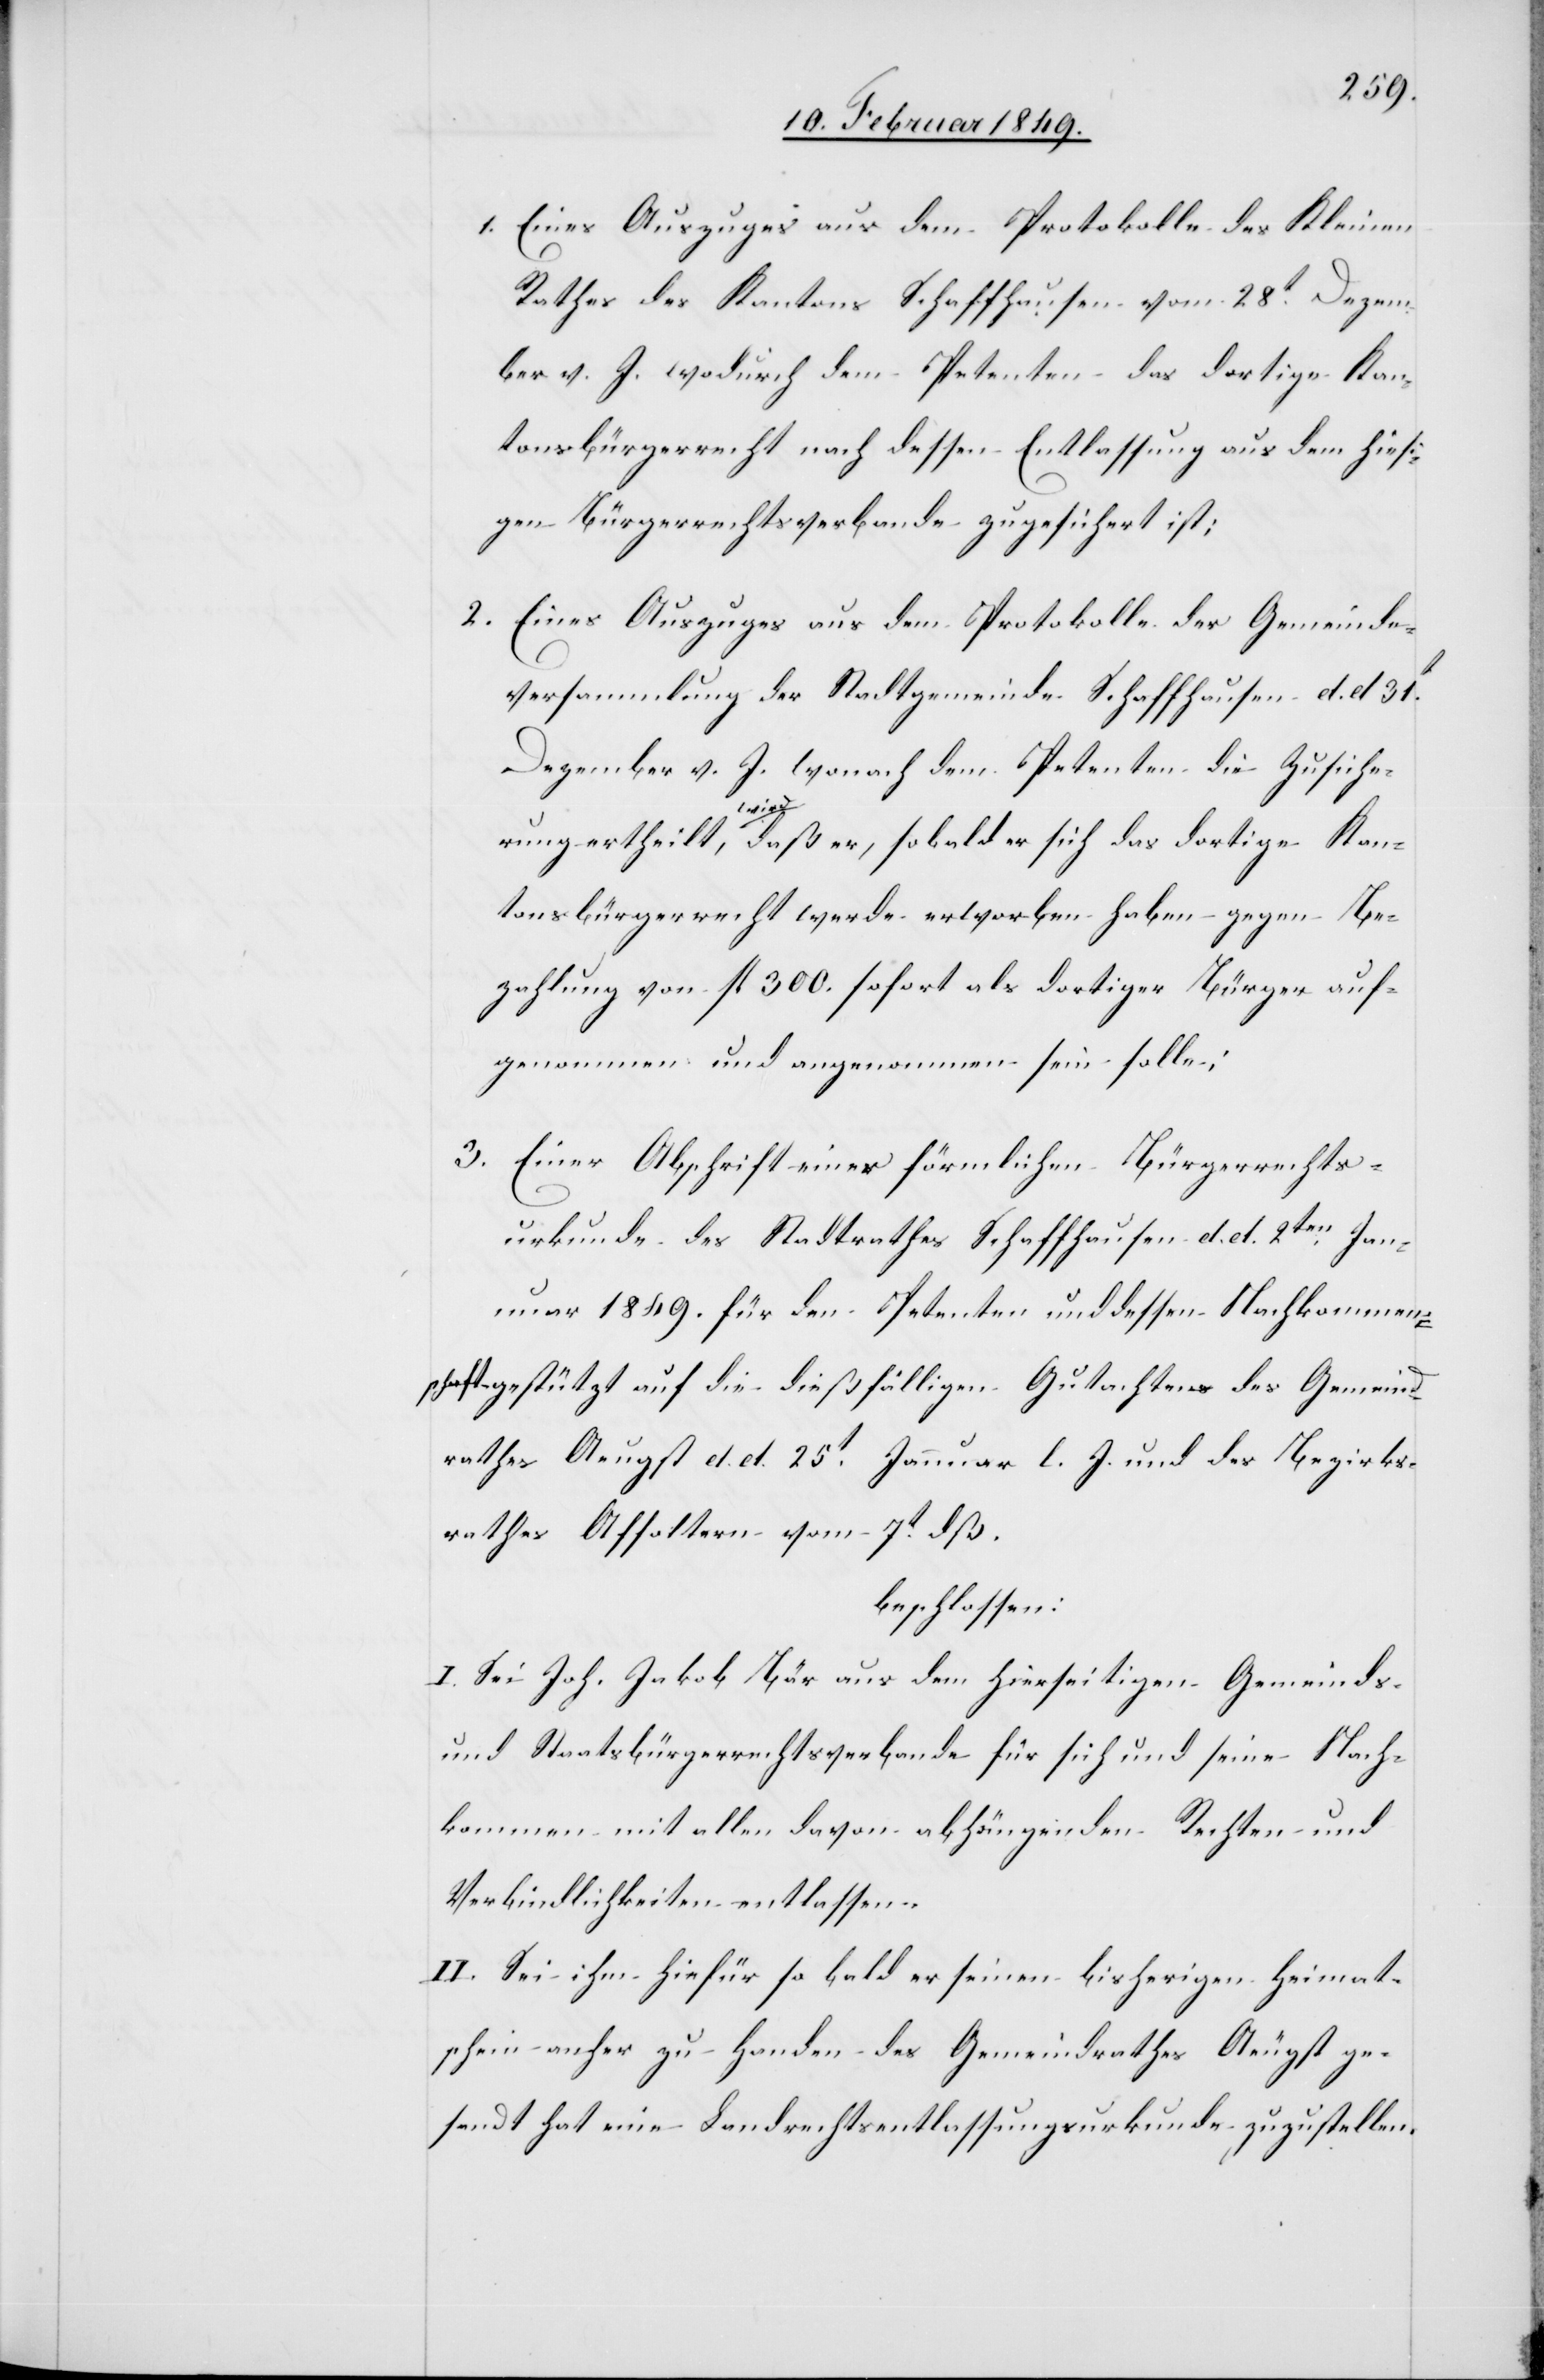
1. Eines Auszuges aus dem Protokolle des Kleinen
Rathes des Kantons Schaffhausen vom 28t. Dezem¬
ber v. J. wodurch dem Petenten das dortige Kan¬
tonsbürgerrecht nach dessen Entlassung aus dem hiesi¬
gen Bürgerrechtsverbande zugesichert ist;
2. Eines Auszuges aus dem Protokolle der Gemeinde¬
versammlung der Stadtgemeinde Schaffhausen d. d. 31t.
Dezember v. J. wonach dem Petenten die Zusiche¬
rung ertheilt wird, daß er, sobald er sich das dortige Kan¬
tonsbürgerrecht werde erworben haben gegen Be¬
zahlung von fl. 300. sofort als dortiger Bürger auf¬
genommen und angenommen sein solle;
3. Einer Abschrift einer förmlichen Bürgerrechts¬
urkunde des Stadtrathes Schaffhausen d. d. 2ten. Ja¬
nuar 1849. für den Petenten und dessen Nachkommen¬
schaft gestützt auf die dießfälligen Gutachten des Gemeind¬
rathes Aeugst d. d. 25t. Januar l. J. und des Bezirks¬
rathes Affoltern vom 7t. dß.
beschlossen:
I. Sei Joh. Jakob Bär aus dem hierseitigen Gemeinds-
und Staatsbürgerrechtsverbande für sich und seine Nach¬
kommen mit allen davon abhängenden Rechten und
Verbindlichkeiten entlassen.
II. Sei ihm hiefür so bald er seinen bisherigen Heimat¬
schein anher zu Handen des Gemeindrathes Aeugst ge¬
sandt hat eine Landrechtsentlassungsurkunde zuzustellen.